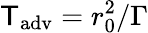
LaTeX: \mathsf{T}_{\mathrm{{adv}}}=r_{0}^{2}/\Gamma